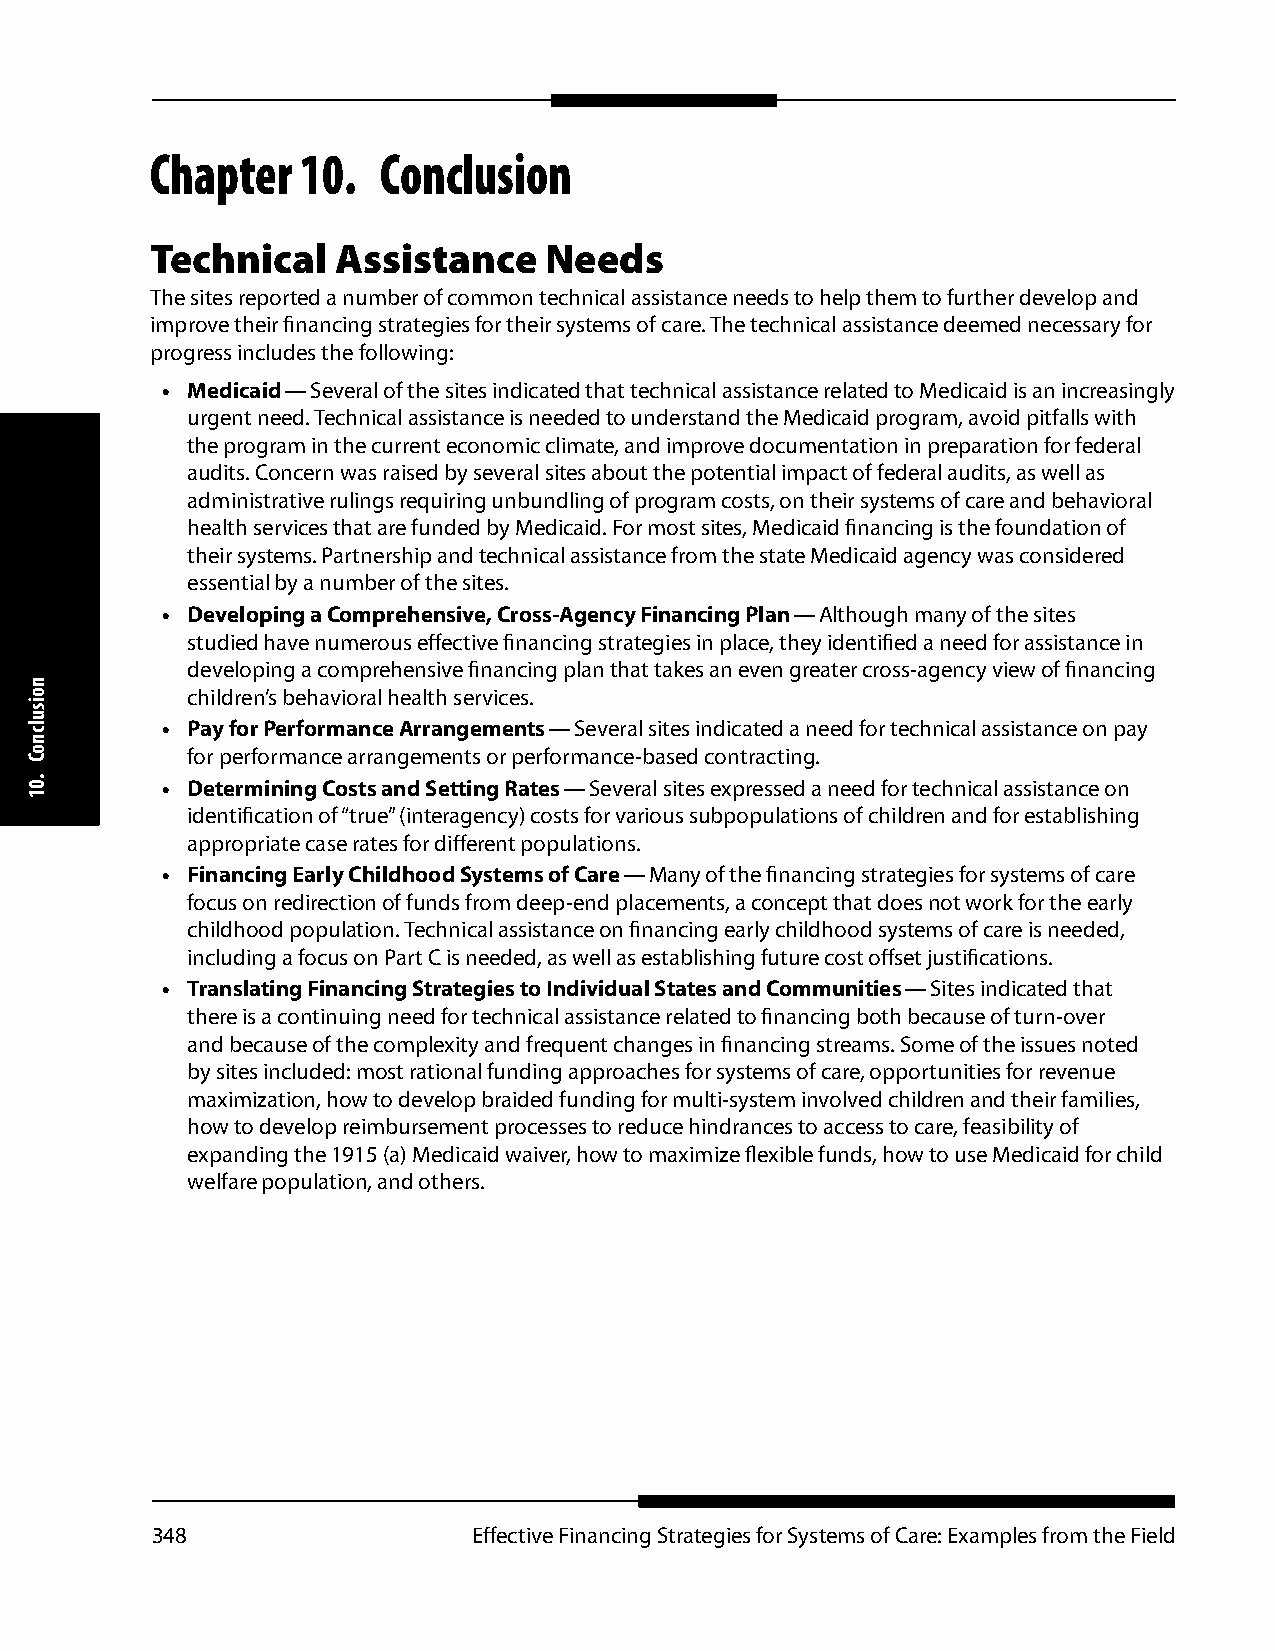
Chapter   10.  Conclusion
 Technical   Assistance    Needs
 The sites reported a number of common technical assistance needs to help them to further develop and
 improve their financing strategies for their systems of care. The technical assistance deemed necessary for
 progress includes the following:
 • Medicaid — Several of the sites indicated that technical assistance related to Medicaid is an increasingly
 urgent need. Technical assistance is needed to understand the Medicaid program, avoid pitfalls with
 the program in the current economic climate, and improve documentation in preparation for federal
 audits. Concern was raised by several sites about the potential impact of federal audits, as well as
 administrative rulings requiring unbundling of program costs, on their systems of care and behavioral
 health services that are funded by Medicaid. For most sites, Medicaid financing is the foundation of
 their systems. Partnership and technical assistance from the state Medicaid agency was considered
 essential by a number of the sites.
 • Developing a Comprehensive, Cross-Agency Financing Plan — Although many of the sites
 studied have numerous effective financing strategies in place, they identified a need for assistance in
 developing a comprehensive financing plan that takes an even greater cross-agency view of financing
 children’s behavioral health services.
 • Pay for Performance Arrangements — Several sites indicated a need for technical assistance on pay
 for performance arrangements or performance-based contracting.
 • Determining Costs and Setting Rates — Several sites expressed a need for technical assistance on
 identification of “true” (interagency) costs for various subpopulations of children and for establishing
 appropriate case rates for different populations.
 • Financing Early Childhood Systems of Care — Many of the financing strategies for systems of care
 focus on redirection of funds from deep-end placements, a concept that does not work for the early
 childhood population. Technical assistance on financing early childhood systems of care is needed,
 including a focus on Part C is needed, as well as establishing future cost offset justifications.
 • Translating Financing Strategies to Individual States and Communities — Sites indicated that
 there is a continuing need for technical assistance related to financing both because of turn-over
 and because of the complexity and frequent changes in financing streams. Some of the issues noted
 by sites included: most rational funding approaches for systems of care, opportunities for revenue
 maximization, how to develop braided funding for multi-system involved children and their families,
 how to develop reimbursement processes to reduce hindrances to access to care, feasibility of
 expanding the 1915 (a) Medicaid waiver, how to maximize flexible funds, how to use Medicaid for child
 welfare population, and others.
 348                  Effective Financing Strategies for Systems of Care: Examples from the Field
 noisulcnoC
 .01